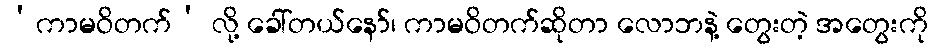
‘ကာမဝိတက်’ လို့ ခေါ်တယ်နော်၊ ကာမဝိတက်ဆိုတာ လောဘနဲ့ တွေးတဲ့ အတွေးကို